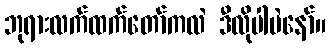
ဘုရားလက်ထက်တော်ကလဲ ဒီလိုပါပဲနော်။